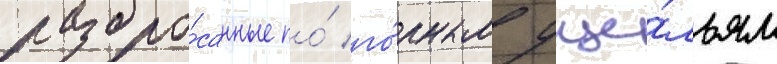
разбро́санные по́ го́рным уще́льям